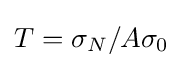
T=\sigma _{N}/A\sigma _{0}